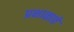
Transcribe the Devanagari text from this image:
प्रक्षाळावे